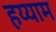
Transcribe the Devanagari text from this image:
हय्याम